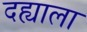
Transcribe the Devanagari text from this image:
दह्याला